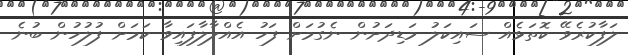
ލަފާކުރެވޭ ކޮތަޅެއް ސައިކަލު މަޑިދަށުން ނެގުމަށް ފަހު އެއްލާލާފައިވާ ކަަމަށް ފުލުހުން ބުނެ